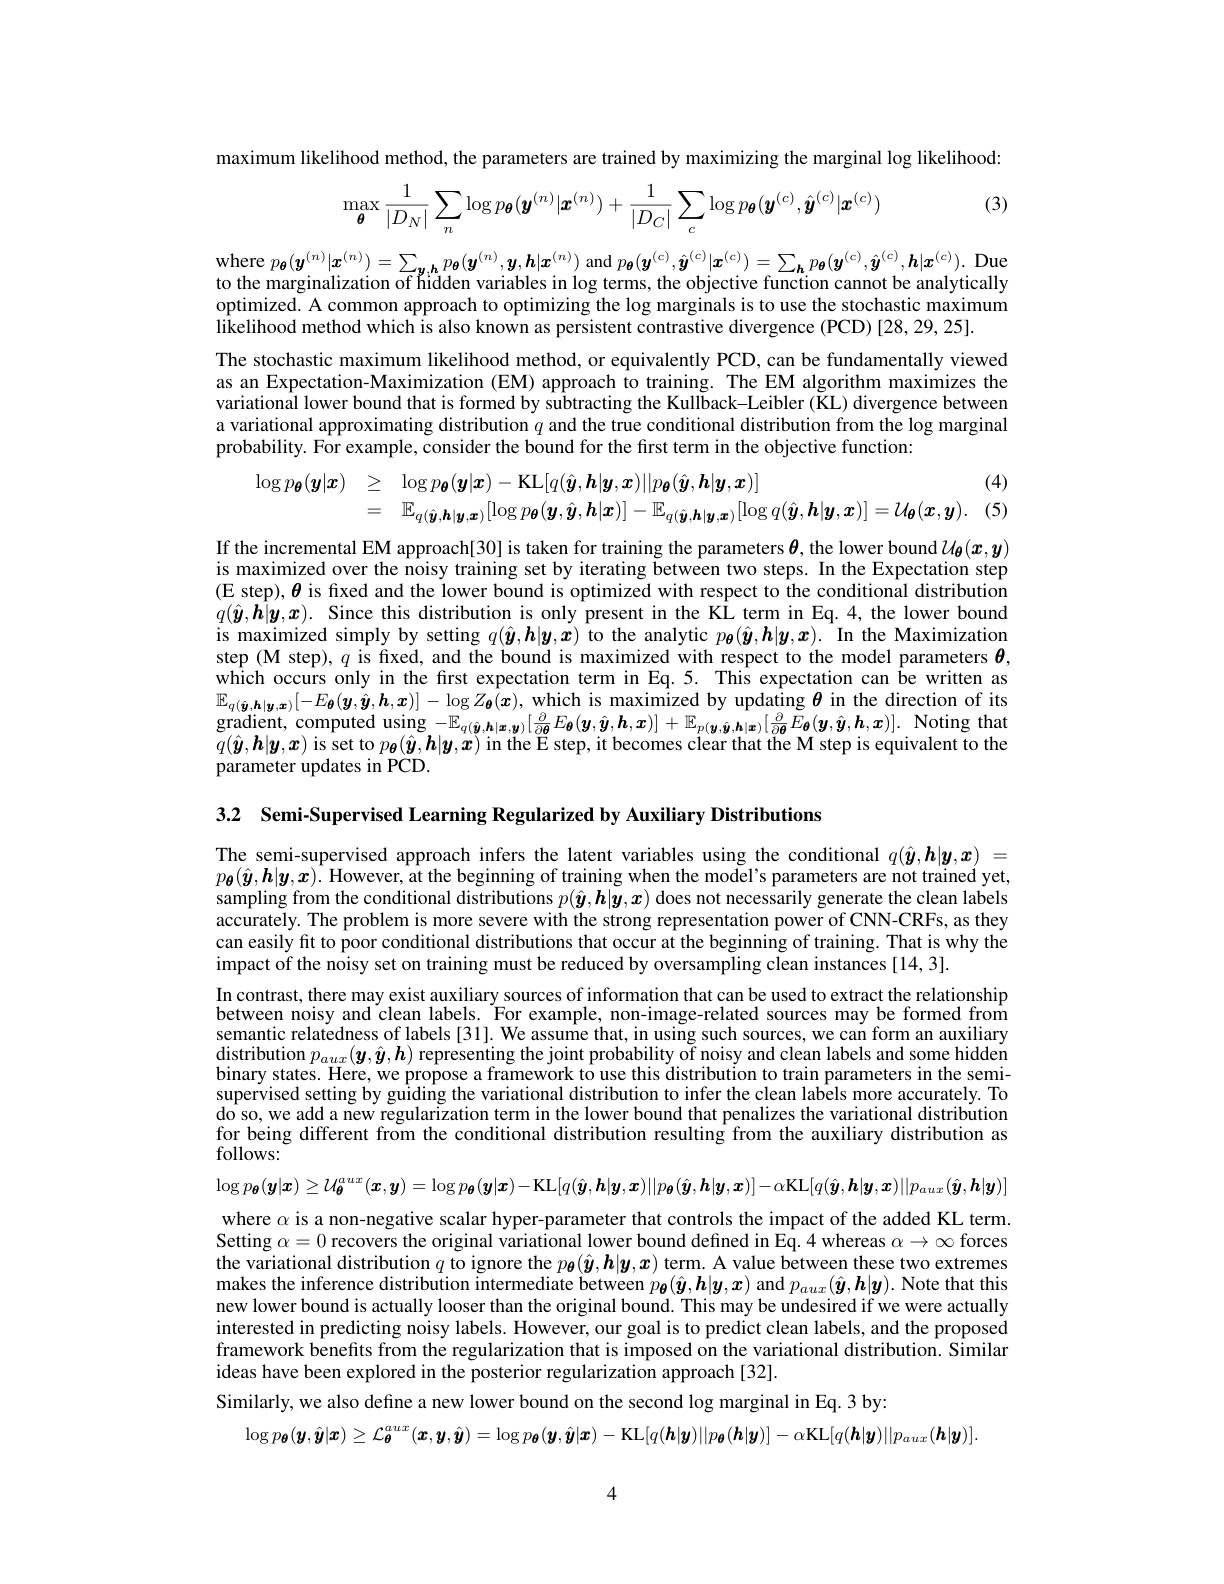
maximum likelihood method, the parameters are trained by maximizing the marginal $\log$likelihood:

(3)
$$\max\limits_{\boldsymbol{\theta}}\frac{1}{|D_N|}\sum\limits_n\log p_{\boldsymbol{\theta}}(\boldsymbol{y}^{(n)}|\boldsymbol{x}^{(n)})+\frac{1}{|D_C|}\sum\limits_c\log p_{\boldsymbol{\theta}}(\boldsymbol{y}^{(c)},\hat{\boldsymbol{y}}^{(c)}|\boldsymbol{x}^{(c)})$$
where $p_{\boldsymbol{\theta}}(\boldsymbol{y}^{(n)}|\boldsymbol{x}^{(n)})=\sum_{\boldsymbol{y}_{\boldsymbol{\gamma},\boldsymbol{h}}}p_{\boldsymbol{\theta}}(\boldsymbol{y}^{(n)},\boldsymbol{y},\boldsymbol{h}|\boldsymbol{x}^{(n)})$ and $p_{\boldsymbol{\theta}}(\boldsymbol{y}^{(c)},\hat{\boldsymbol{y}}^{(c)}|\boldsymbol{x}^{(c)})=\sum_{\boldsymbol{h}}p_{\boldsymbol{\theta}}(\boldsymbol{y}^{(c)},\hat{\boldsymbol{y}}^{(c)},\boldsymbol{h}|\boldsymbol{x}^{(c)}).$ Due to the marginalization of hidden variables in log terms, the objective function cannot be analytically optimized. A common approach to optimizing the log marginals is to use the stochastic maximum $\hat{\text{likelihood method which is also known as persistent contrastive divergence (PCD)[28,29,25].}}$
The stochastic maximum likelihood method, or equivalently PCD, can be fundamentally viewed as an Expectation-Maximization (EM) approach to training. The EM algorithm maximizes the variationâl lower bound that is formed by súbtracting the Kull̈back-Leibler ( KL) divergence between a variational approximating distribution $q$ and the true conditional distribution from the log marginal probability. For example, consider the bound for the first term in the objective function:

(4)
$$\begin{aligned}\log p_{\boldsymbol{\theta}}(\boldsymbol{y}|\boldsymbol{x})&\geq\quad\log p_{\boldsymbol{\theta}}(\boldsymbol{y}|\boldsymbol{x})-\mathrm{KL}[q(\hat{\boldsymbol{y}},\boldsymbol{h}|\boldsymbol{y},\boldsymbol{x})||p_{\boldsymbol{\theta}}(\hat{\boldsymbol{y}},\boldsymbol{h}|\boldsymbol{y},\boldsymbol{x})]\\&=\quad\mathbb{E}_{q(\hat{\boldsymbol{y}},\boldsymbol{h}|\boldsymbol{y},\boldsymbol{x})}[\log p_{\boldsymbol{\theta}}(\boldsymbol{y},\hat{\boldsymbol{y}},\boldsymbol{h}|\boldsymbol{x})]-\mathbb{E}_{q(\hat{\boldsymbol{y}},\boldsymbol{h}|\boldsymbol{y},\boldsymbol{x})}[\log q(\hat{\boldsymbol{y}},\boldsymbol{h}|\boldsymbol{y},\boldsymbol{x})]=\mathcal{U}_{\boldsymbol{\theta}}(\boldsymbol{x},\boldsymbol{y}).\end{aligned}$$
(5

If the incremental EM approach[30] is taken for training the parameters $\boldsymbol{\theta}$, the lower bound $\mathcal{U}_{\boldsymbol{\theta}}(\boldsymbol{x},\boldsymbol{y})$ is maximized over the noisy training set by iterating between two steps. In the Expectation step (E step), $\boldsymbol{\theta}$ is fixed and the lower bound is optimized with respect to the conditional distribution $q(\hat{\boldsymbol{y}},\hat{\boldsymbol{h}}|\boldsymbol{y},\boldsymbol{x}).$ Since this distribution is only present in the KÎ term in Eq.4,the lower bound is maximized simply by setting $q(\hat{\boldsymbol{y}},\boldsymbol{h}|\boldsymbol{y},\dot{\boldsymbol{x}})$ to the analytic $p_{\boldsymbol{\theta}}(\hat{\boldsymbol{y}},\boldsymbol{h}|\boldsymbol{y},\boldsymbol{x}).$ In the Maximization step (M step), $q$ is fixed, and the bound is maximized with respect to the model parameters $\boldsymbol{\theta}$, which occurs only in the first expectation term in Eq.5. This expectation can be written as $\mathbb{E}_{q(\hat{\boldsymbol{y}},\boldsymbol{h}|\boldsymbol{y},\boldsymbol{x})}[-E_{\boldsymbol{\theta}}(\boldsymbol{y},\hat{\boldsymbol{y}},\boldsymbol{h},\boldsymbol{x})]-\log Z_{\boldsymbol{\theta}}(\boldsymbol{x})$,which is maximized by updating $\boldsymbol{\theta}$ in the direction of its $\mathbf{gradient, ~computed~using~- \mathbb{E} _{q( \hat{\boldsymbol{y}} , \boldsymbol{h}| \boldsymbol{x}, \boldsymbol{y}) }[ \frac \partial {\partial \boldsymbol{\theta }}E_{\boldsymbol{\theta }}( \boldsymbol{y}, \hat{\boldsymbol{y}} , \boldsymbol{h}, \boldsymbol{x}) ] + \mathbb{E} _{p( \boldsymbol{y}, \hat{\boldsymbol{y}} , \boldsymbol{h}| \boldsymbol{x}) }[ \frac \partial {\partial \boldsymbol{\theta }}E_{\boldsymbol{\theta }}( \boldsymbol{y}, \hat{\boldsymbol{y}} , \boldsymbol{h}, \boldsymbol{x}) ] . \:\mathrm{Noting~that}( \boldsymbol{y}, \boldsymbol{\hat{y} }, \boldsymbol{h}, \boldsymbol{x}) ] . \:\mathrm{Noting~that}( \boldsymbol{z}, \boldsymbol{z}) . \:\mathrm{Noting}}$ $\tilde{q}(\hat{\boldsymbol{y}},\boldsymbol{h}|\boldsymbol{y},\boldsymbol{x})$ is set to $p_{\boldsymbol{\theta}}(\hat{\boldsymbol{y}},\boldsymbol{h}|\boldsymbol{y},\boldsymbol{x})$ in the E step, it becomes clear that the M step is equivalent to the parameter updates in PCD.

3.2 Semi-Supervised Learning Regularized by Auxiliary Distributions

The semi-supervised approach infers the latent variables using the conditional $q(\hat{\boldsymbol{y}},\boldsymbol{h}|\boldsymbol{y},\boldsymbol{x})=$ $p_{\boldsymbol{\theta}}(\hat{\boldsymbol{y}},\boldsymbol{h}|\boldsymbol{y},\boldsymbol{x}).$ However, at the beginning of training when the model's parameters are not trained yet, sampling from the conditional distributions $p(\hat{\boldsymbol{y}},\tilde{\boldsymbol{h}}|\tilde{\boldsymbol{y}},\boldsymbol{x})$ does not necessarily generate the clean labels accurately. The problem is more severe with the strong representation power of CNN-CRFs, as they can easily fit to poor conditional distributions that occur at the beginning of training. That is why the impact of the noisy set on training must be reduced by oversampling clean instances [14,3].
In contrast, there may exist auxiliary sources of information that can be used to extract the relationship between noisy and clean labels. For example, non-image-related sources may be formed from semantic relatedness of labels [31]. We assume that, in using such sources, we can form an auxiliary distribution $p_{aux}( \boldsymbol{y}, \hat{\boldsymbol{y}} , \boldsymbol{h})$ representing the joint probability o$\tilde{\mathrm{f~noisy~and~clean~labels~and~some~hidden}}$ binary states. Here, we propose a framework to use this distribution to train parameters in the semisupervised setting by guîding the variational distribution to infer the clean labels more accurately. To do so, we add a new regularization term in the lower bound that penalizes the variational distribution for being different from the conditional distribution resulting from the auxiliary distribution as follows:
$\log p_{\boldsymbol{\theta}}(\boldsymbol{y}|\boldsymbol{x})\geq\mathcal{U}_{\boldsymbol{\theta}}^{aux}(\boldsymbol{x},\boldsymbol{y})=\log p_{\boldsymbol{\theta}}(\boldsymbol{y}|\boldsymbol{x})-$KL$[q(\hat{\boldsymbol{y}},\boldsymbol{h}|\boldsymbol{y},\boldsymbol{x})||p_{\boldsymbol{\theta}}(\hat{\boldsymbol{y}},\boldsymbol{h}|\boldsymbol{y},\boldsymbol{x})]-\alpha$KL$[q(\hat{\boldsymbol{y}},\boldsymbol{h}|\boldsymbol{y},\boldsymbol{x})||p_{aux}(\hat{\boldsymbol{y}},\boldsymbol{h}|\boldsymbol{y})]$ where $\alpha$ is a non-negative scalar hyper-parameter that controls the impact of the added KL term. Setting $\alpha=0$ recovers the original variational lower bound defined in Eq. 4 whereas $\alpha\to\infty$ forces the variational distribution $q$ to ignore the $p_{\boldsymbol{\theta}}(\hat{\boldsymbol{y}},\boldsymbol{h}|\boldsymbol{y},\boldsymbol{x})$ term. A value between these two extremes makes the inference distribution intermediate between $p_{\boldsymbol{\theta}}(\hat{\boldsymbol{y}},\boldsymbol{h}|\boldsymbol{y},\boldsymbol{x})$ and $p_{aux}(\hat{\boldsymbol{y}},\boldsymbol{h}|\boldsymbol{y}).$ Note that this new lower bound is actually looser than the original bound. This may be undesired if we were actually interested in predicting noisy labels. However, our goal is to predict clean labels, and the proposed framework benefits from the regularization that is imposed on the variational distribution. Similar ideas have been explored in the posterior regularization approach [32].
Similarly, we also define a new lower bound on the second log marginal in Eq. 3 by:
$\log p_{\boldsymbol{\theta}}(\boldsymbol{y},\hat{\boldsymbol{y}}|\boldsymbol{x})\geq\mathcal{L}_{\boldsymbol{\theta}}^{aux}(\boldsymbol{x},\boldsymbol{y},\hat{\boldsymbol{y}})=\log p_{\boldsymbol{\theta}}(\boldsymbol{y},\hat{\boldsymbol{y}}|\boldsymbol{x})-$KL$[q(\boldsymbol{h}|\boldsymbol{y})||p_{\boldsymbol{\theta}}(\boldsymbol{h}|\boldsymbol{y})]-\alpha$KL$[q(\boldsymbol{h}|\boldsymbol{y})||p_{aux}(\boldsymbol{h}|\boldsymbol{y})].$

4